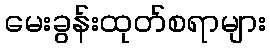
မေးခွန်းထုတ်စရာများ